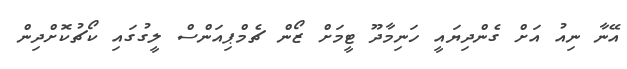
އޭނާ ނިއު އަށް ގެންދިޔައީ ހަނިމާދޫ ޓީމަށް ޒޯން ޗެމްޕިއަންސް ލީގުގައި ކޯޗުކޮށްދިން